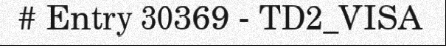
# Entry 30369 - TD2_VISA